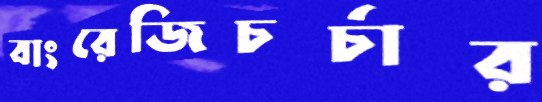
বাংরেজিচর্চার